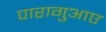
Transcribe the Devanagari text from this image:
पारागुआए